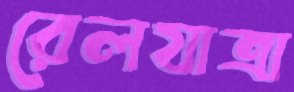
রেলযাত্রা